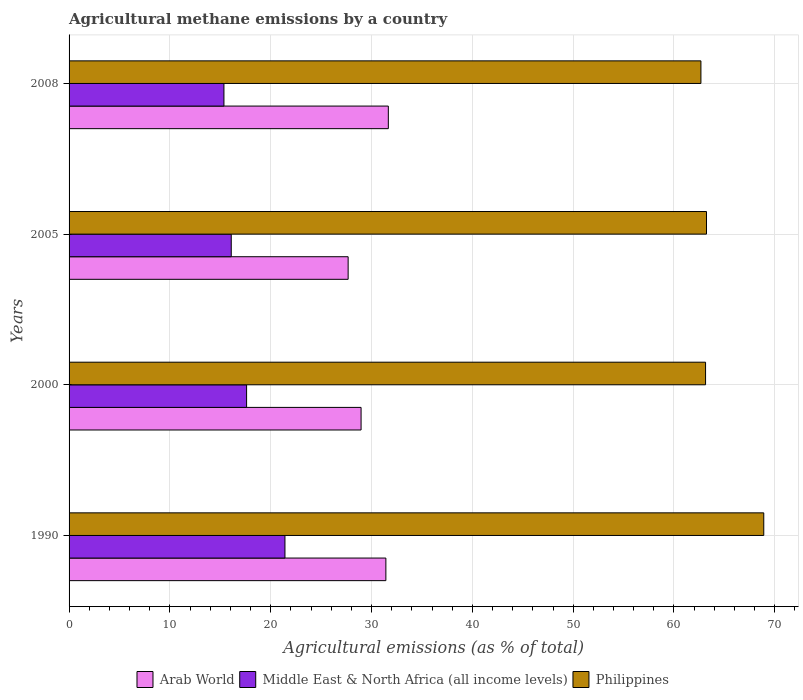
| Years | Arab World | Middle East & North Africa (all income levels) | Philippines |
 | --- | --- | --- | --- |
 | 1990 | 31.4 | 21.4 | 68.9 |
 | 2000 | 29 | 17.6 | 63.1 |
 | 2005 | 27.7 | 16.1 | 63.2 |
 | 2008 | 31.7 | 15.4 | 62.7 |